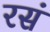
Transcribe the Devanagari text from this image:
रसं